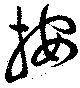
按